Report on sanitation, dispensaries, and jails in Rajputana for 1920, and on vaccination for the year 1920-1921 - 1920-1921
Year: 1920
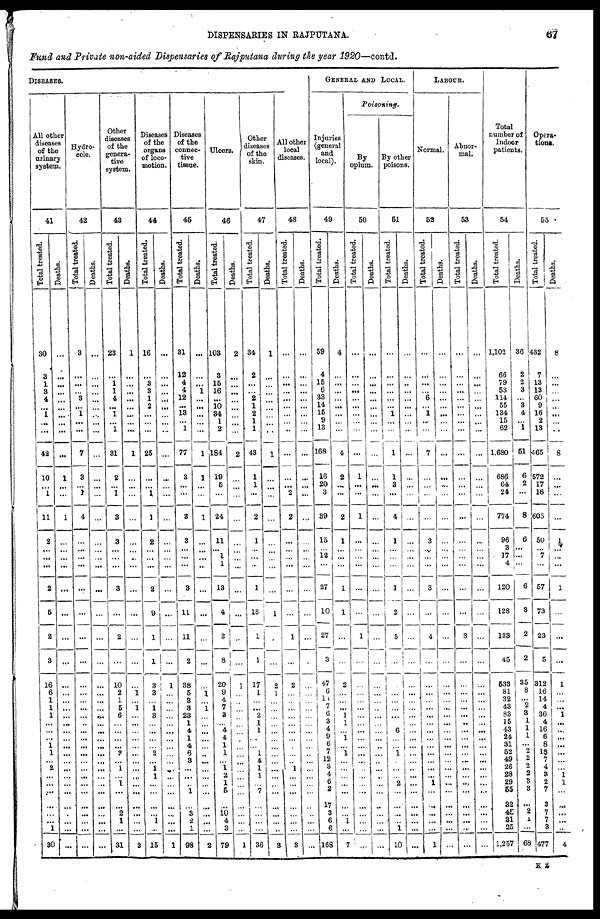
DISPENSARIES IN RAJPUTANA.
67
Fund and Private non-aided Dispensaries of Rajputana during the year 1920—contd.
DISEASES.
All other
diseases
of the
urinary
system.
41
Total treated.
30
3
1
3
4
...
1
...
...
42
10
...
1
11
2
...
... ...
2
5
2
3
16
6
1
1
1
...
...
...
1
1
...
2
...
...
...
...
...
... 1
30
Deaths.
...
...
...
...
...
...
...
...
...
...
1
...
...
1
...
...
...
...
...
...
...
...
...
...
...
...
...
...
...
...
...
...
...
...
...
...
...
...
...
...
...
...
Hydro¬
cole.
42
Total treated.
3
...
...
... 3
... 1
...
...
7
3
... 1
4
...
...
...
...
...
...
...
...
...
...
...
...
...
...
...
...
...
...
...
...
...
...
...
...
...
... ...
...
Deaths.
...
...
...
...
...
...
...
...
...
...
...
...
...
...
...
...
...
...
...
...
...
...
...
...
...
...
...
...
...
...
...
...
...
...
...
...
...
...
...
...
...
...
Other
diseases
of the
genera-
tive
system.
43
Total treated.
23
...
1
1
4
...
1
...
1
31
2
...
1
3
3
...
...
...
3
...
2
...
10
2
1
5
6
...
...
...
...
2
...
1
...
1
...
...
2
1
...
31
Deaths.
1
...
...
...
...
...
...
...
...
1
...
...
...
...
...
...
...
...
...
...
...
...
...
1
...
1
...
...
...
...
...
...
...
...
...
...
...
...
...
... ...
2
Diseases
of the
organs
of loco-
motion.
44
Total treated.
16
...
3
3
1
2
...
...
...
25
...
...
1
1
2
...
...
...
2
9
1
1
3
3
...
1
3
...
...
...
...
2
...
1
1
...
...
...
...
1
...
15
Deaths.
...
...
...
...
...
...
...
...
...
...
...
...
...
...
...
...
...
...
...
...
...
...
1
...
...
...
...
...
...
...
...
...
...
...
...
...
...
...
...
...
...
1
Diseases
of the
connec-
tive
tissue.
45
Total treated.
31
12
4
4
12
...
13
... 1
77
3
...
...
3
3
...
...
...
3
11
11
2
38
5
3
3
23
1
4
1
4
6
3
. ..
...
...
1
...
3
2
1
98
Deaths.
...
...
... 1
...
...
...
...
...
1
1
...
...
1
...
...
...
...
...
...
...
...
...
1
...
1
...
...
...
...
...
...
...
...
...
...
...
...
. ..
...
...
2
Ulcers
.
46
Tot al t r eat ed.
103
3
15
16
...
10
34
1
2
184
19
5
...
24
11
...
1
1
13
4
2
8
20
9
4
7
3
...
4
4
1
1
...
1
2
1
6
...
10 4
3
79
Deaths.
2
...
...
...
...
...
...
...
...
2
...
...
...
...
...
...
...
...
...
...
...
...
1
...
...
...
...
...
...
...
...
...
...
...
...
...
...
...
...
...
...
1
Other disease
of the
skin.
47
Total treated.
34
2
...
... 2
1
2
1
1
43
1
1
...
2
1
...
...
...
1
18
1
1
17
1
...
... 2
1
1
...
...
1
4
1
1
...
7
...
...
...
...
36
Deaths.
1
...
...
...
...
...
...
...
...
1
...
...
...
...
...
...
...
...
...
1
...
...
2
1
...
...
...
...
...
...
...
...
...
...
...
...
...
...
...
...
...
3
All other
local
disease.
48
Total treated.
...
...
...
...
...
...
...
...
...
...
...
...
2
2
...
...
...
...
...
...
1
...
2
...
...
...
...
...
...
...
...
...
...
1
...
...
1
...
...
...
...
3
Deaths.
...
...
...
...
...
...
...
...
...
...
...
...
...
...
...
...
...
...
...
...
...
...
...
...
...
...
...
...
...
1
...
...
...
...
...
...
...
...
...
...
...
...
GENERAL AND LOCAL.
Injuries
(general
and
local).
49
Total treated.
59
4
15
6
33
14
15
9
13
168
16
20
3
89
15
...
12
...
27
10
27
3
47
6
1 1
7
6
3
4
9
6 7
12
3
4
6
2
17
3
6
6
168
Deaths.
4
...
...
...
...
...
...
...
...
4
2
...
...
2
1
...
...
...
1
1
...
...
2
...
...
... 1
1
...
1
...
1 ...
...
...
...
...
...
...
1
...
7
Poisoning.
By
opium.
50
Total treated.
...
...
...
...
...
...
...
...
...
...
1
...
...
1
...
...
...
...
...
...
1
...
...
...
...
...
...
...
...
...
...
...
...
...
...
...
...
...
...
... ...
...
Deaths.
...
...
...
...
...
...
...
...
...
...
...
...
...
...
...
...
...
...
...
...
...
...
...
...
...
...
...
...
...
...
...
...
...
...
...
...
...
...
...
... ...
...
By other
poisons.
51
Total treated.
...
...
...
...
...
...
1
...
...
1
1
3
...
4
1
...
...
...
1
2
5
...
...
...
...
...
...
...
6
...
...
1
...
...
...
2
...
...
...
... 1
10
Deaths.
...
...
...
...
...
...
...
...
...
...
...
...
...
...
...
...
...
...
...
...
...
...
...
...
...
...
...
...
...
...
...
...
...
...
...
...
...
...
...
...
...
...
LABOUR.
Normal.
52
Total treated.
...
...
...
... 6
...
1
...
...
7
...
...
...
...
3
...
...
...
3
...
4
...
...
...
...
...
...
...
...
...
...
...
...
...
... 1
...
...
...
...
...
1
Deaths.
...
...
...
...
...
...
...
...
...
....
...
...
...
...
...
...
...
...
...
...
...
...
...
...
...
...
...
...
...
...
...
...
...
...
...
...
...
...
...
...
...
...
Abnor-
mal.
53
Total treated.
...
...
...
...
...
...
...
...
...
...
...
...
...
...
...
...
...
...
...
...
3
...
...
...
...
...
...
...
...
...
...
...
...
...
...
...
...
...
...
...
....
...
Deaths.
...
...
...
...
...
...
...
...
...
...
...
...
...
...
...
...
...
...
...
...
...
...
...
...
...
...
...
...
...
...
...
...
...
...
...
...
...
...
...
... ...
...
Total
number of
Indoor
patients.
54
Total treated.
1,102
66
79
58
114
55
134
15
62
1,680
686
64
24
774
96
3
17
4
120
128
133
45
533
81
32
43
83
15
43
24
31
52
49
26
28
29
65
32
45
31
35
1,257
Deaths.
36
2
2
3
... 3
4
... 1
51
6
2
...
8
6
...
...
...
6
3
2
2
35
8
...
2
3
1
1
1
...
...
2
2
2
3 3
...
2
1
...
68
Opera-
tions.
55
Total treated.
432
7
13
13
60
9
16
2
13
565
572
17
16
605
50
...
7
...
57
73
23
5
312
16
14
4
36
4
16
6
8
18
7
4
3 2
7
3
7
7
3
477
Deaths.
8
...
...
...
...
...
...
...
...
8
...
...
...
...
1
...
...
...
1
...
...
...
1
...
...
...
1
...
...
...
...
...
...
... 1
1
...
...
...
...
...
4
K 2